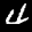
Label: 4